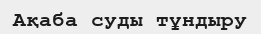
Ақаба суды тұндыру